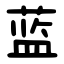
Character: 蓝